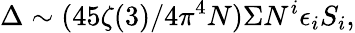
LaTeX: \Delta\sim(45{\zeta}(3)/4{\pi^{4}}N){\Sigma}N^{i}{\epsilon_{i}}S_{i},